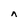
Character: A